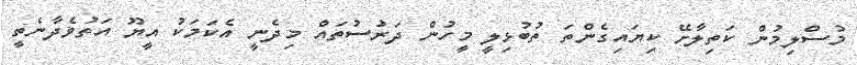
މުސްލިމުން ކަތިލާށޭ ކިޔައިގެންތަ ތުބުޅިލީ މީހުން ދަރުސުތައް މިދެނީ އެކަމަކު އީޔޫ އަތުވެދާނެތީ